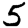
Digit: 5